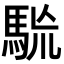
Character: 𩢯